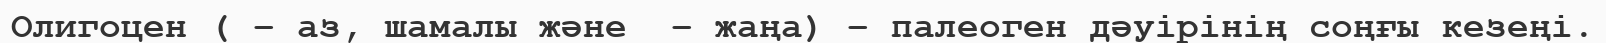
Олигоцен ( – аз, шамалы және  – жаңа) – палеоген дәуірінің соңғы кезеңі.